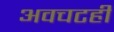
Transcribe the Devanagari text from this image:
अवचटही